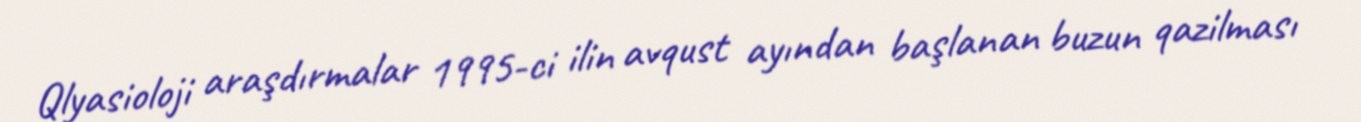
Qlyasioloji araşdırmalar 1995-ci ilin avqust ayından başlanan buzun qazilması